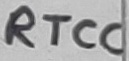
Text: RTCC